Leaving Certificate Examination (including Day School Certificate (Higher) General paper), 1936
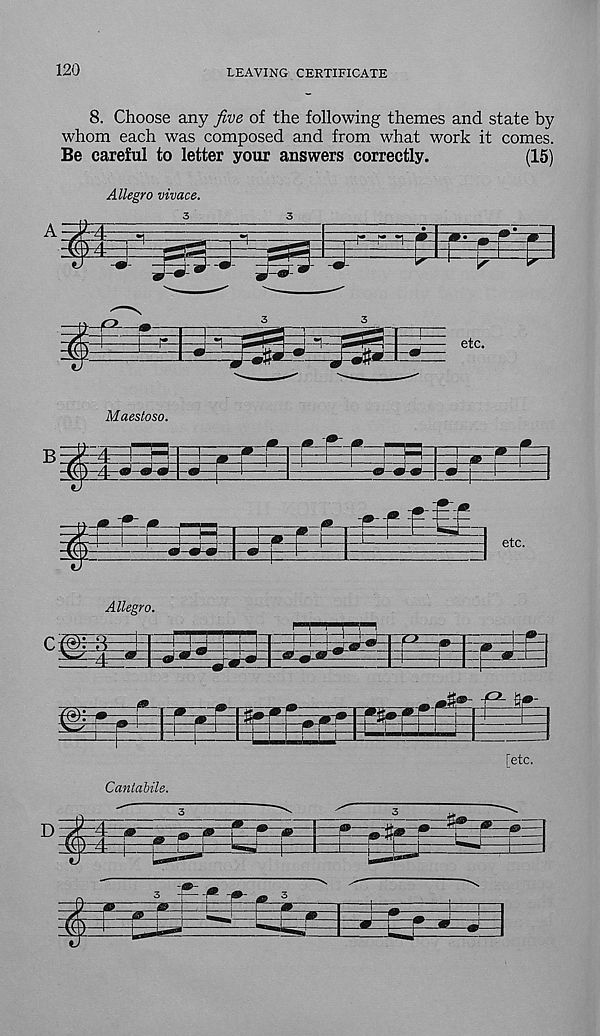
120
LEAVING CERTIFICATE
8. Choose any five of the following themes and state by
whom each was composed and from what work it comes.
Be careful to letter your answers correctly.
(15)
fepPlifi
Allegro vivace.
3
£
>-
etc.
Maestoso.
B
i
i.Tf
etc.
Allegro.
C S
HE
4=
!
Ill
[etc.
Cantabile.
D: